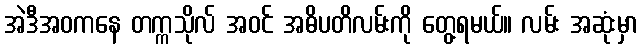
အဲဒီအဝကနေ တက္ကသိုလ် အဝင် အဓိပတိလမ်းကို တွေ့ရမယ်။ လမ်း အဆုံးမှာ